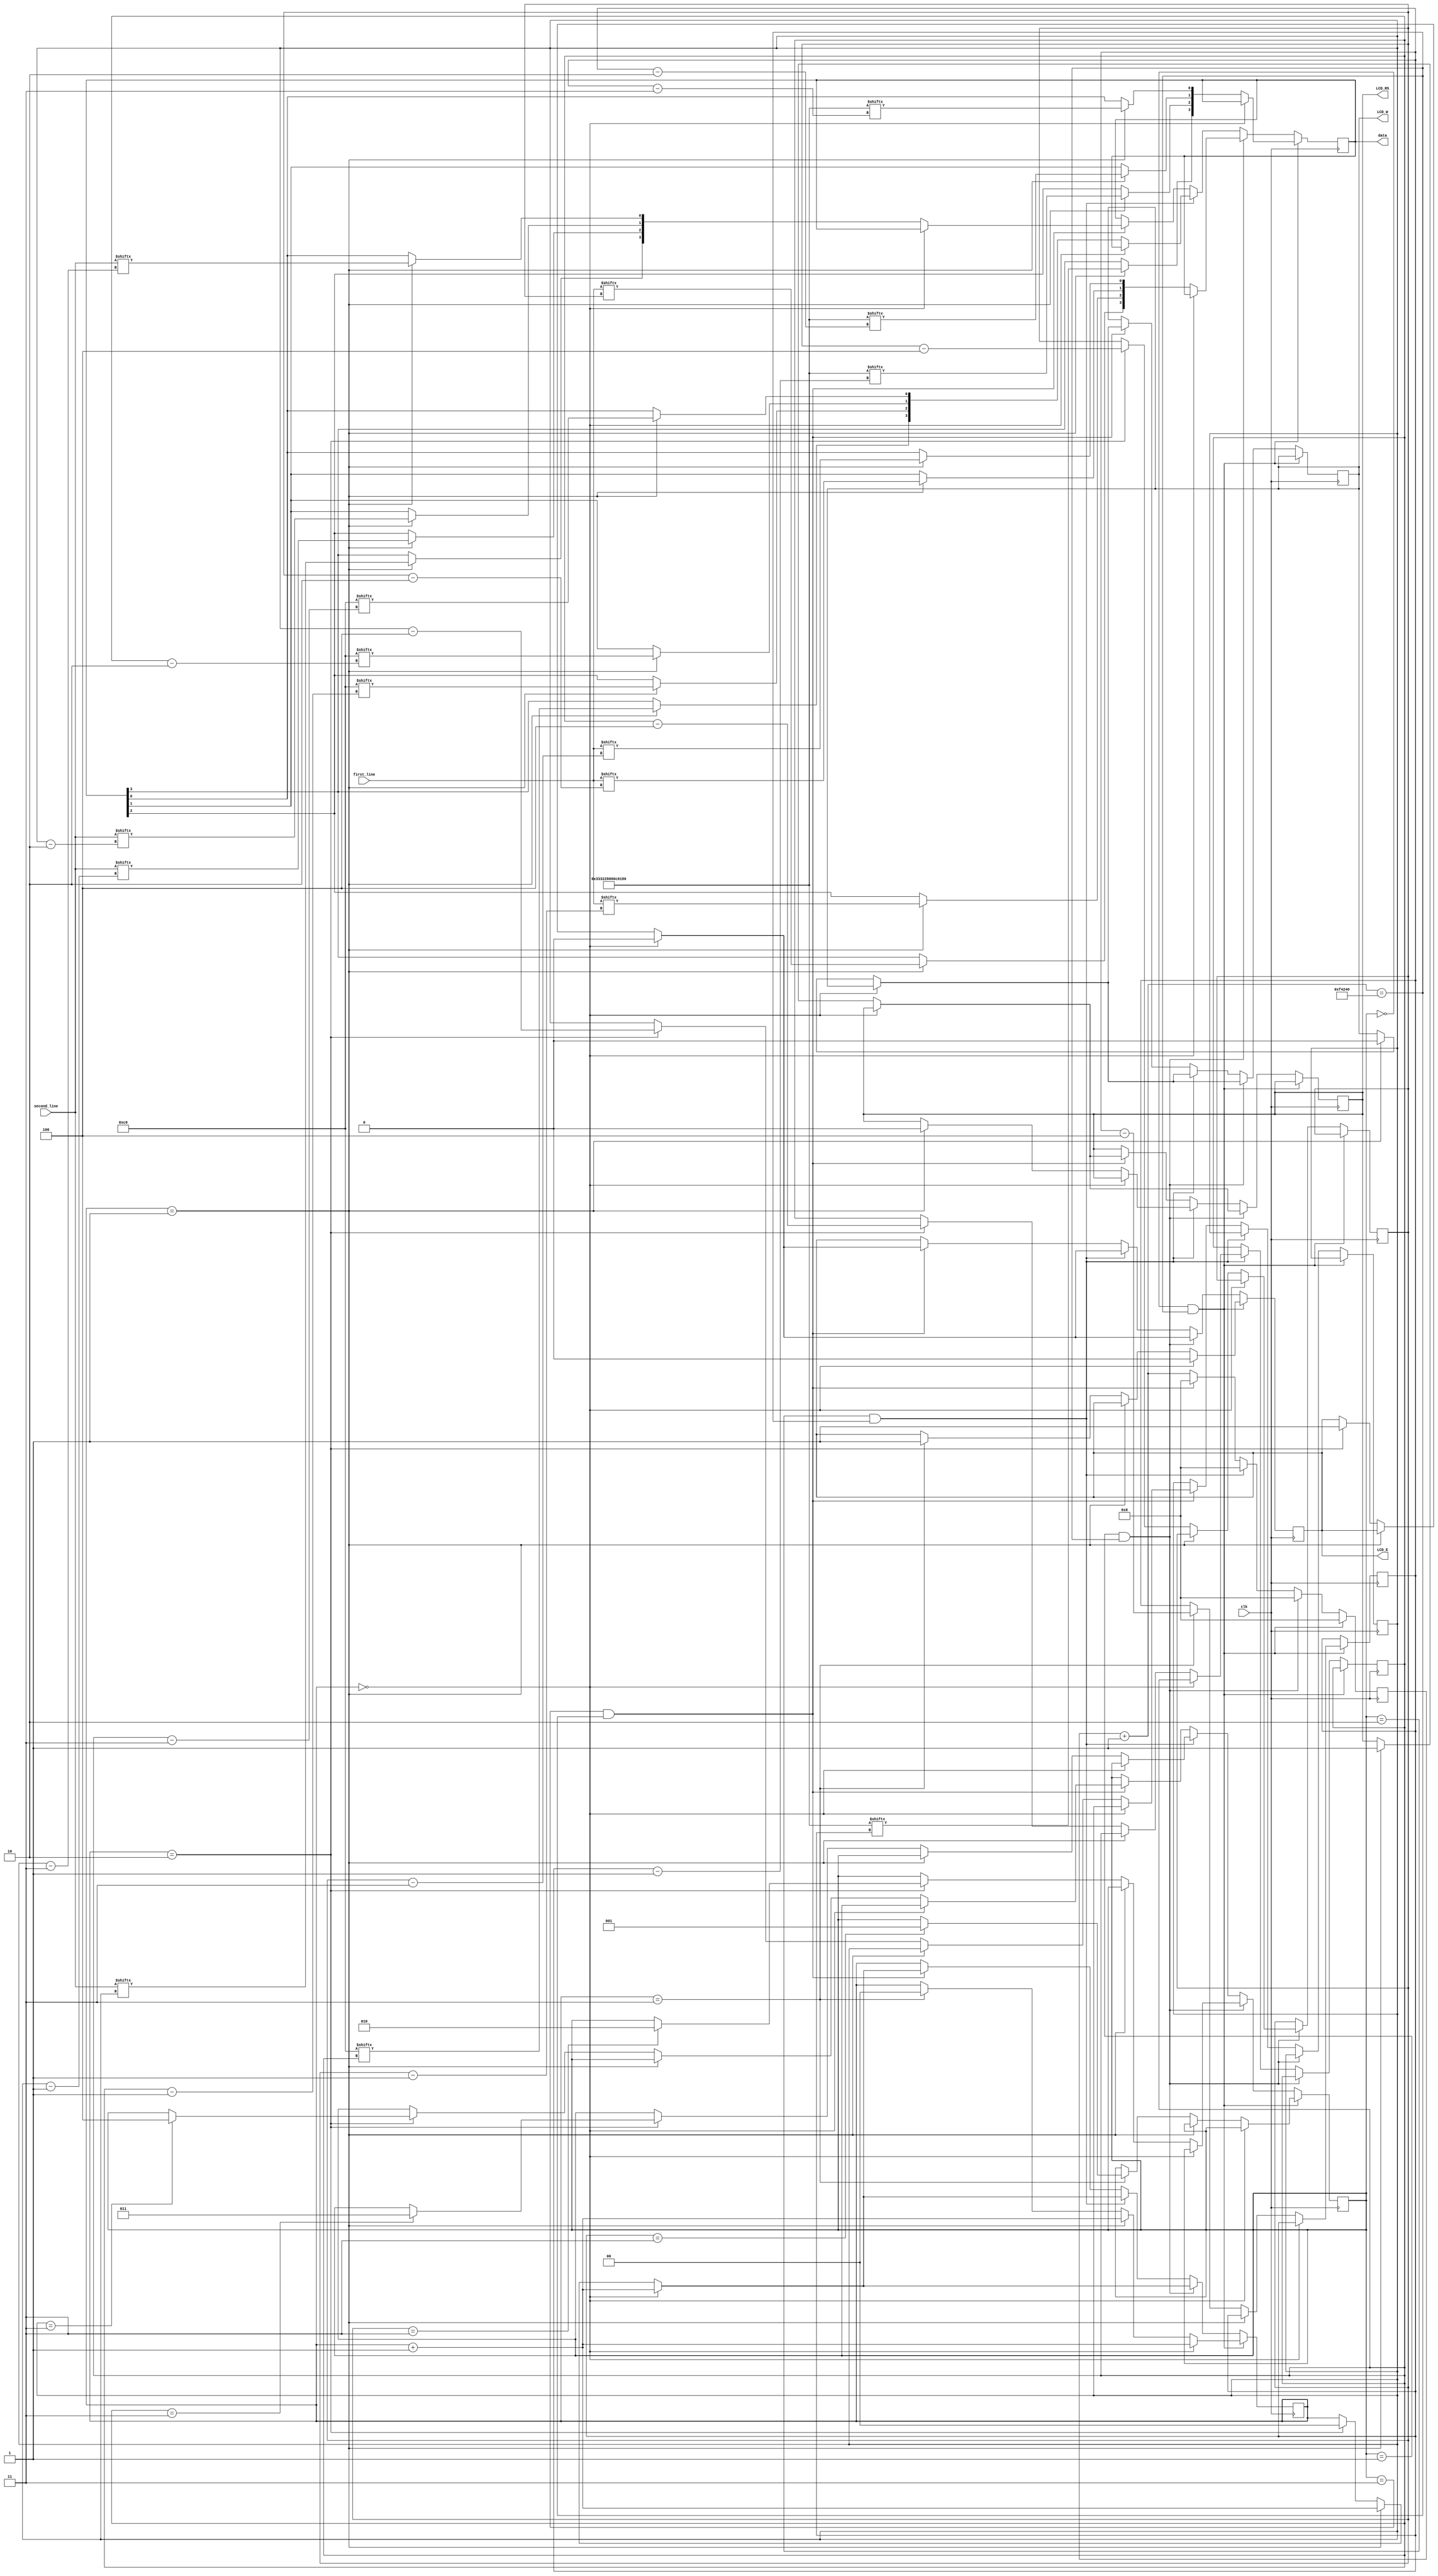
`timescale 1ns / 1ps
//////////////////////////////////////////////////////////////////////////////////
// Company: 
// Engineer: 
// 
// Design Name: 
// Module Name:    lcd_driver 
// Project Name: 
// Target Devices: 
// Tool versions: 
// Description: 
//
// Dependencies: 
//
// Revision: 
// Revision 0.01 - File Created
// Additional Comments: 
//
//////////////////////////////////////////////////////////////////////////////////

module LCD_Driver( clk, first_line, second_line, LCD_E, LCD_W, LCD_RS, data);

	//Input
	input clk;
	input [127:0]first_line,second_line;

	//Output
	output wire LCD_E, LCD_W, LCD_RS;
	output wire [3:0] data;


	//Internal Variables
	reg [32:0] counter;
	reg [2:0] state;
	reg LCD_E_r, LCD_W_r, LCD_RS_r;
	reg [3:0] data_r;
	reg [1:0] steps;
	reg [7:0] ROM_index, first_line_index, line_break_index, second_line_index;
	wire[55:0] init_ROM;
	wire[7:0] line_break_ROM;
	assign init_ROM = 56'h333228060C0180;
	assign line_break_ROM = 8'hC0;

	initial 
	begin
		steps = 0;
		state = 0;
		counter = 0;
		LCD_E_r = 0;
		LCD_W_r = 0;
		LCD_RS_r = 0;
		ROM_index = 55; 
		first_line_index = 127;
		second_line_index = 127; 
		line_break_index = 7;
	end



	always @(posedge clk)
	begin
		counter = counter + 1;

		//Initialize and Configure the LED
		if(state == 0 && counter == 1000000)
		begin
			if(steps == 0)
			begin
				LCD_E_r = 0;
				steps = steps + 1;
			end

			else if(steps == 1)
			begin
				data_r[3] = init_ROM[ROM_index];
				data_r[2] = init_ROM[ROM_index-1];
				data_r[1] = init_ROM[ROM_index-2];
				data_r[0] = init_ROM[ROM_index-3];
				steps = steps + 1;	
			end

			else if(steps == 3)
			begin
				
				if (ROM_index == 3)
				begin
					state = 3'b001;
					steps = 0;
				end
				LCD_E_r = 1;
				steps = 0;
				ROM_index = ROM_index - 4;
			end
			counter = 0;
		end

		//First Line of LCD
		else if(state == 1 && counter == 1000000)
		begin	
			if(steps == 0)
			begin
				LCD_E_r = 0;
				steps = steps + 1;
			end

			else if(steps == 1)
			begin
				LCD_RS_r = 1;
				LCD_W_r = 0;
				data_r[3] = first_line[first_line_index];
				data_r[2] = first_line[first_line_index-1];
				data_r[1] = first_line[first_line_index-2];
				data_r[0] = first_line[first_line_index-3];
				steps = steps + 1;
			end

			else if(steps == 2)
			begin
				if (first_line_index ==3)
				begin
					state = 3'b010;
					steps = 0;
				end
				LCD_E_r = 1;
				steps = 0;
				first_line_index = first_line_index - 4;
			end
			counter = 0;
		end

		//Line Break
		else if(state == 2 && counter == 1000000)
		begin
			
			if(steps == 0)
			begin
				LCD_E_r = 0;
				steps = steps + 1;
			end

			else if(steps == 1)
			begin
				LCD_RS_r = 0;
				LCD_W_r = 0;
				data_r[3] = line_break_ROM[line_break_index];
				data_r[2] = line_break_ROM[line_break_index-1];
				data_r[1] = line_break_ROM[line_break_index-2];
				data_r[0] = line_break_ROM[line_break_index-3];
				steps = steps + 1;
			end

			else if(steps == 2)
			begin
				if (line_break_index ==3)
				begin
					state = 3;
					steps = 0;
				end
				LCD_E_r = 1;
				steps = 0;
				line_break_index = line_break_index-4;
			end
			counter = 0;
		end

		//Second Line of LCD
		else if(state == 3 && counter == 1000000)
		begin
			if(steps == 0)
			begin
				LCD_E_r=0;
				steps = steps + 1;
			end

			else if(steps == 1)
			begin
				LCD_RS_r = 1;
				LCD_W_r = 0;
				data_r[3] = second_line[second_line_index];
				data_r[2] = second_line[second_line_index-1];
				data_r[1] = second_line[second_line_index-2];
				data_r[0] = second_line[second_line_index-3];
				steps = steps + 1;	
			end

			else if(steps == 2)
			begin
				if (second_line_index ==3)
				begin
					state = 4;
				end
				LCD_E_r = 1;
				steps = 0;
				second_line_index = second_line_index - 4;
			end
			counter = 0;
		end	
	end

	assign data[3:0] = data_r[3:0];
	assign LCD_E = LCD_E_r;
	assign LCD_W = LCD_W_r;
	assign LCD_RS = LCD_RS_r; 
endmodule